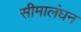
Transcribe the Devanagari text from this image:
सीमालंघन